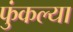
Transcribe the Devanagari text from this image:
फुंकल्या